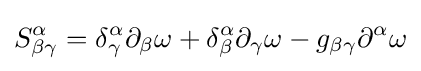
S_{\beta \gamma }^{\alpha }=\delta _{\gamma }^{\alpha }\partial _{\beta }\omega +\delta _{\beta }^{\alpha }\partial _{\gamma }\omega -g_{\beta \gamma }\partial ^{\alpha }\omega